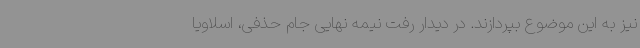
نیز به این موضوع بپردازند. در دیدار رفت نیمه نهایی جام حذفی، اسلاویا